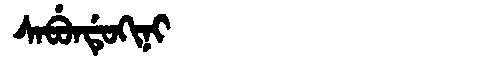
Manchu: ᠰᠠᠪᡠᠨᡩᡠᡴᡳᠨᡳ
Romanization: SABUNDUKINI